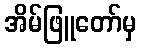
အိမ်ဖြူတော်မှ